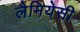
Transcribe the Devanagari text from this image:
लैमियेसी